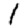
Digit: 1